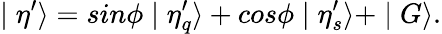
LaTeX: \mid\eta^{\prime}\rangle=sin\phi\mid\eta_{q}^{\prime}\rangle+cos\phi\mid\eta_{s}^{\prime}\rangle+\mid G\rangle.